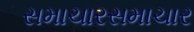
સમાચારસમાચાર